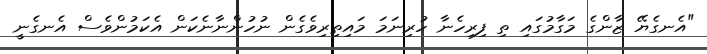
"އެނގެޔޭ ޒާންގެ މަގާމުގައި ތި ފިރިހެނާ ހުރިނަމަ މައިތިރިވެގެން ނުހުންނާނެކަން އެކަމުންވެސް އެނގެނީ